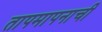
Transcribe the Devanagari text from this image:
तापमापनाची